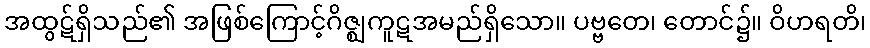
အထွဋ်ရှိသည်၏ အဖြစ်ကြောင့်ဂိဇ္ဈကူဋအမည်ရှိသော။ ပဗ္ဗတေ၊ တောင်၌။ ဝိဟရတိ၊